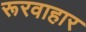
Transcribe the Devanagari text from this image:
रूरवाहार